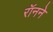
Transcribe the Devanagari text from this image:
रॉनने